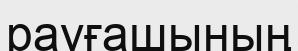
рауғашының